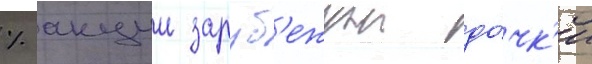
% акции заруб'ежнои до́чк'и